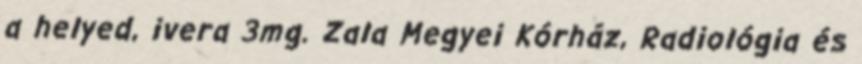
a helyed, ivera 3mg. Zala Megyei Kórház, Radiológia és